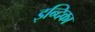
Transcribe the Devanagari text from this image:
इन्दिका